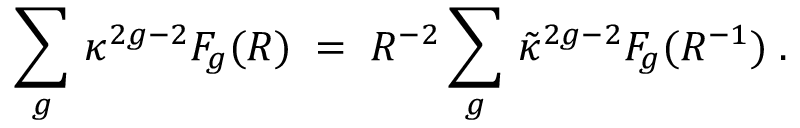
\sum _ { g } \, \kappa ^ { 2 g - 2 } { \cal F } _ { g } ( R ) \; = \; R ^ { - 2 } \sum _ { g } \, \tilde { \kappa } ^ { 2 g - 2 } { \cal F } _ { g } ( R ^ { - 1 } ) \; .